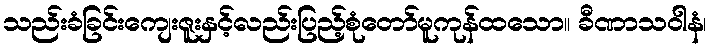
သည်းခံခြင်းကျေးဇူးနှင့်လည်းပြည့်စုံတော်မူကုန်ထသော။ ခီဏာသဝါနံ၊